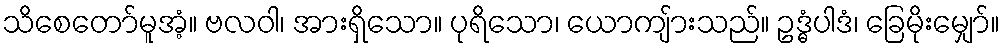
သိစေတော်မူအံ့။ ဗလဝါ၊ အားရှိသော။ ပုရိသော၊ ယောကျ်ားသည်။ ဥဒ္ဓံပါဒံ၊ ခြေမိုးမျှော်။